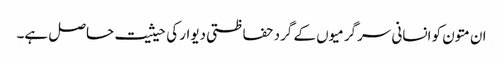
ان متون کو انسانی سرگرمیوں کے گرد حفاظتی دیوار کی حیثیت حاصل ہے۔